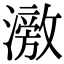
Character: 𬉘